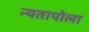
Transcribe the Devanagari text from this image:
न्यतापोला